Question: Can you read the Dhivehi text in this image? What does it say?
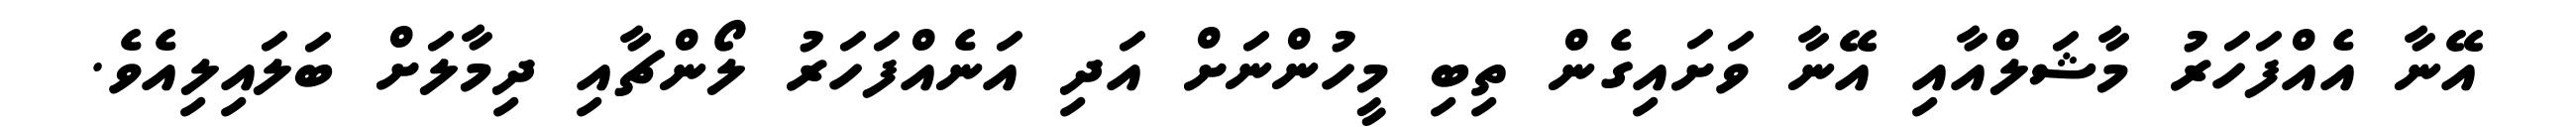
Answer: އޭނާ އެއްފަހަރު މާޝަލްއާއި އޭނާ ވަށައިގެން ތިބި މީހުންނަށް އަދި އަނެއްފަހަރު ލޯންޗާއި ދިމާލަށް ބަލައިލިއެވެ.